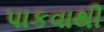
પાકવાથી